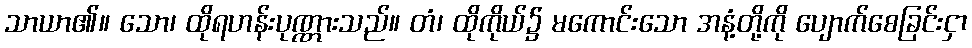
သာယာ၏။ သော၊ ထိုရဟန်းပုဏ္ဏားသည်။ တံ၊ ထိုကိုယ်၌ မကောင်းသော အနံ့တို့ကို ပျောက်စေခြင်းငှာ